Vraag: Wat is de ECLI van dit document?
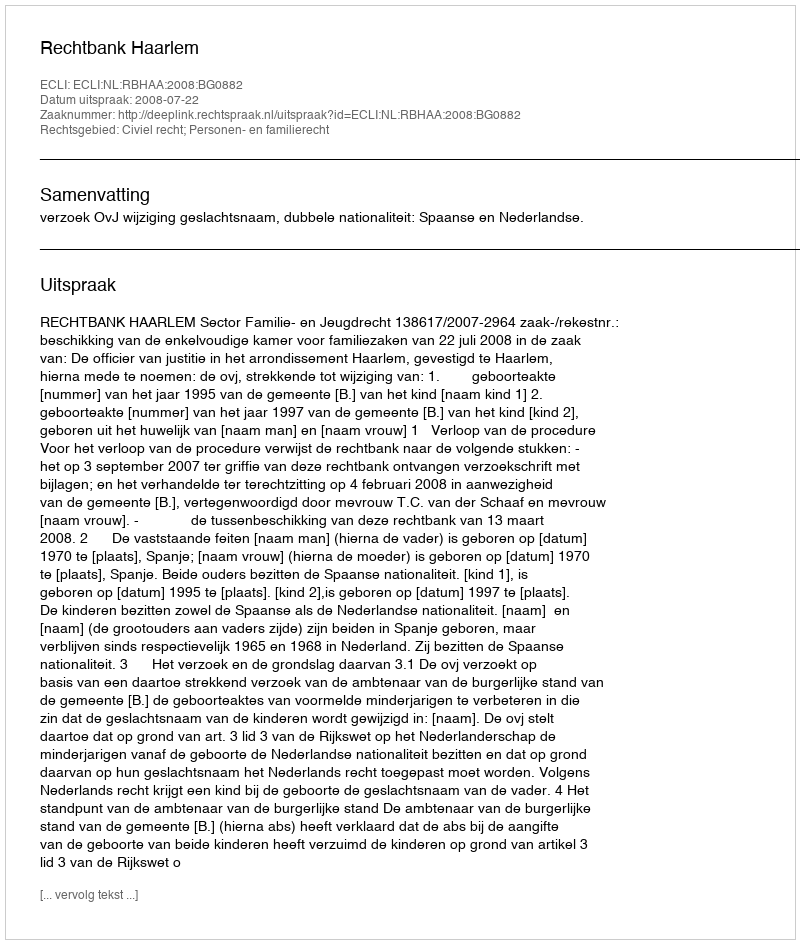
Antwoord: ECLI:NL:RBHAA:2008:BG0882